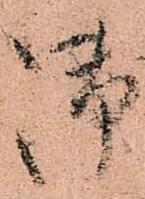
御